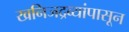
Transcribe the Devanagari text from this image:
खनिजद्रव्यांपासून